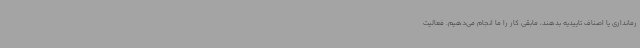
رمانداری یا اصناف تاییدیه بدهند، مابقی کار را ما انجام می‌دهیم. فعالیت